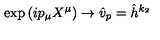
\exp \left( i p _ { \mu } X ^ { \mu } \right) \rightarrow \hat { v } _ { p } = \hat { h } ^ { k _ { 2 } }